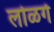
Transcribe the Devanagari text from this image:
लोळगे